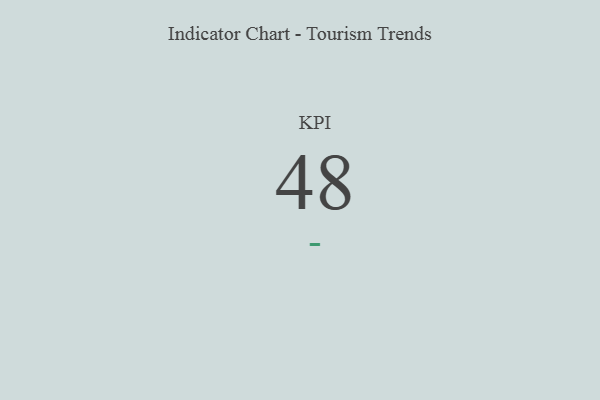
{"axis": {"x": "KPI", "y": "Value"}, "legend": [""], "data": [{"x": "KPI", "y": 48, "type": ""}]}